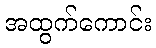
အထွက်ကောင်း